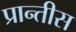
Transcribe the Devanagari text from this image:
प्रान्तीस